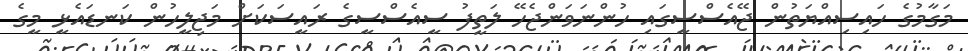
މަގާމުގެ ހައިސިއްޔަތުން ޖޭއެސްސީގައި ހުންނަވަންޖެހޭ ލަތީފު ސީއެސްސީގެ ރައީސަކަށް މަޖިލީހުން ކަނޑައެޅީ މީގެ